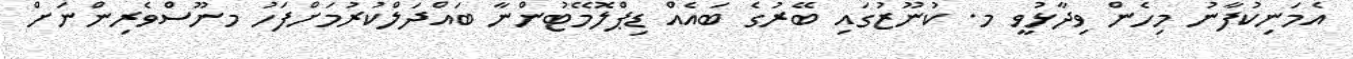
އެމަނިކުފާނު މިހެން ވިދާޅުވީ މ. ކުނޫޒުގައި ބޭރުގެ ބައެއް ޑިޕްލޮމޭޓުންނާ ބައްދަލްކުރުމަށްފަހު މނޫސްވެރިންނަށް